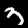
Label: 3